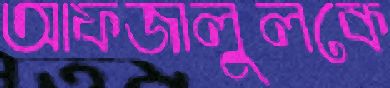
আফজালুলকে